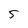
Character: 5